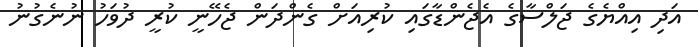
އަދި އިއްޔެގެ ޖަލްސާގެ އެޖެންޑާގައި ކުރިއަށް ގެންދަން ޖެހޭނީ ކުރީ ދުވަހު ނުނެގުނު